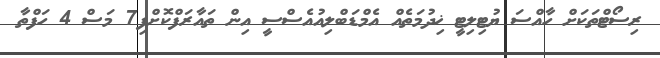
ރިސޯޓްތަކަށް ހާއްސަ ޔުޓިލިޓީ ޚިދުމަތެއް އެމްޑަބްލިއުއެސްސީ އިން ތައާރަފްކޮށްފި7 މަސް 4 ހަފްތާ